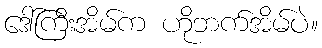
ဒေါ်ကြီးအိမ်က ဟိုဘက်အိမ်ပဲ။